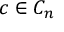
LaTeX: c \in C _ { n }